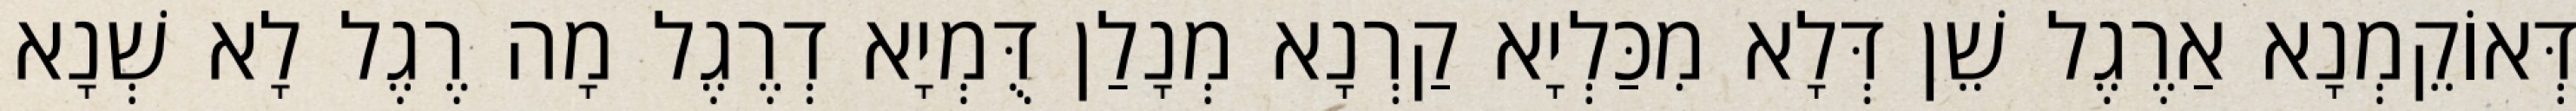
דְּאוֹקֵמְנָא אַרֶגֶל שֵׁן דְּלָא מִכַּלְיָא קַרְנָא מְנָלַן דֻּמְיָא דְרֶגֶל מָה רֶגֶל לָא שְׁנָא